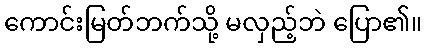
ကောင်းမြတ်ဘက်သို့ မလှည့်ဘဲ ပြော၏။